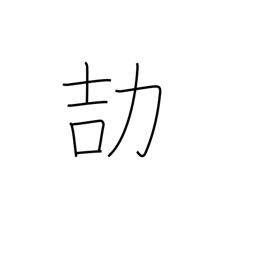
Meaning: be careful